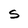
Character: S